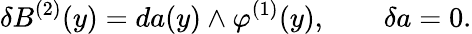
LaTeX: \delta B^{(2)}(y)=da(y)\wedge\varphi^{(1)}(y),\qquad\delta a=0.